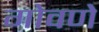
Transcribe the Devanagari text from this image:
गोवणे